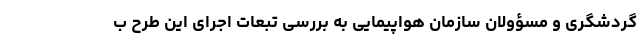
گردشگری و مسؤولان سازمان هواپیمایی به بررسی تبعات اجرای این طرح ب